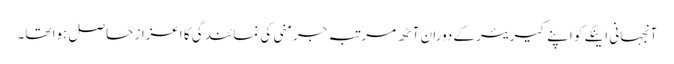
آنجہانی اینکے کو اپنے کیریئر کے دوران آٹھ مرتبہ جرمنی کی نمائندگی کا اعزاز حاصل ہوا تھا۔